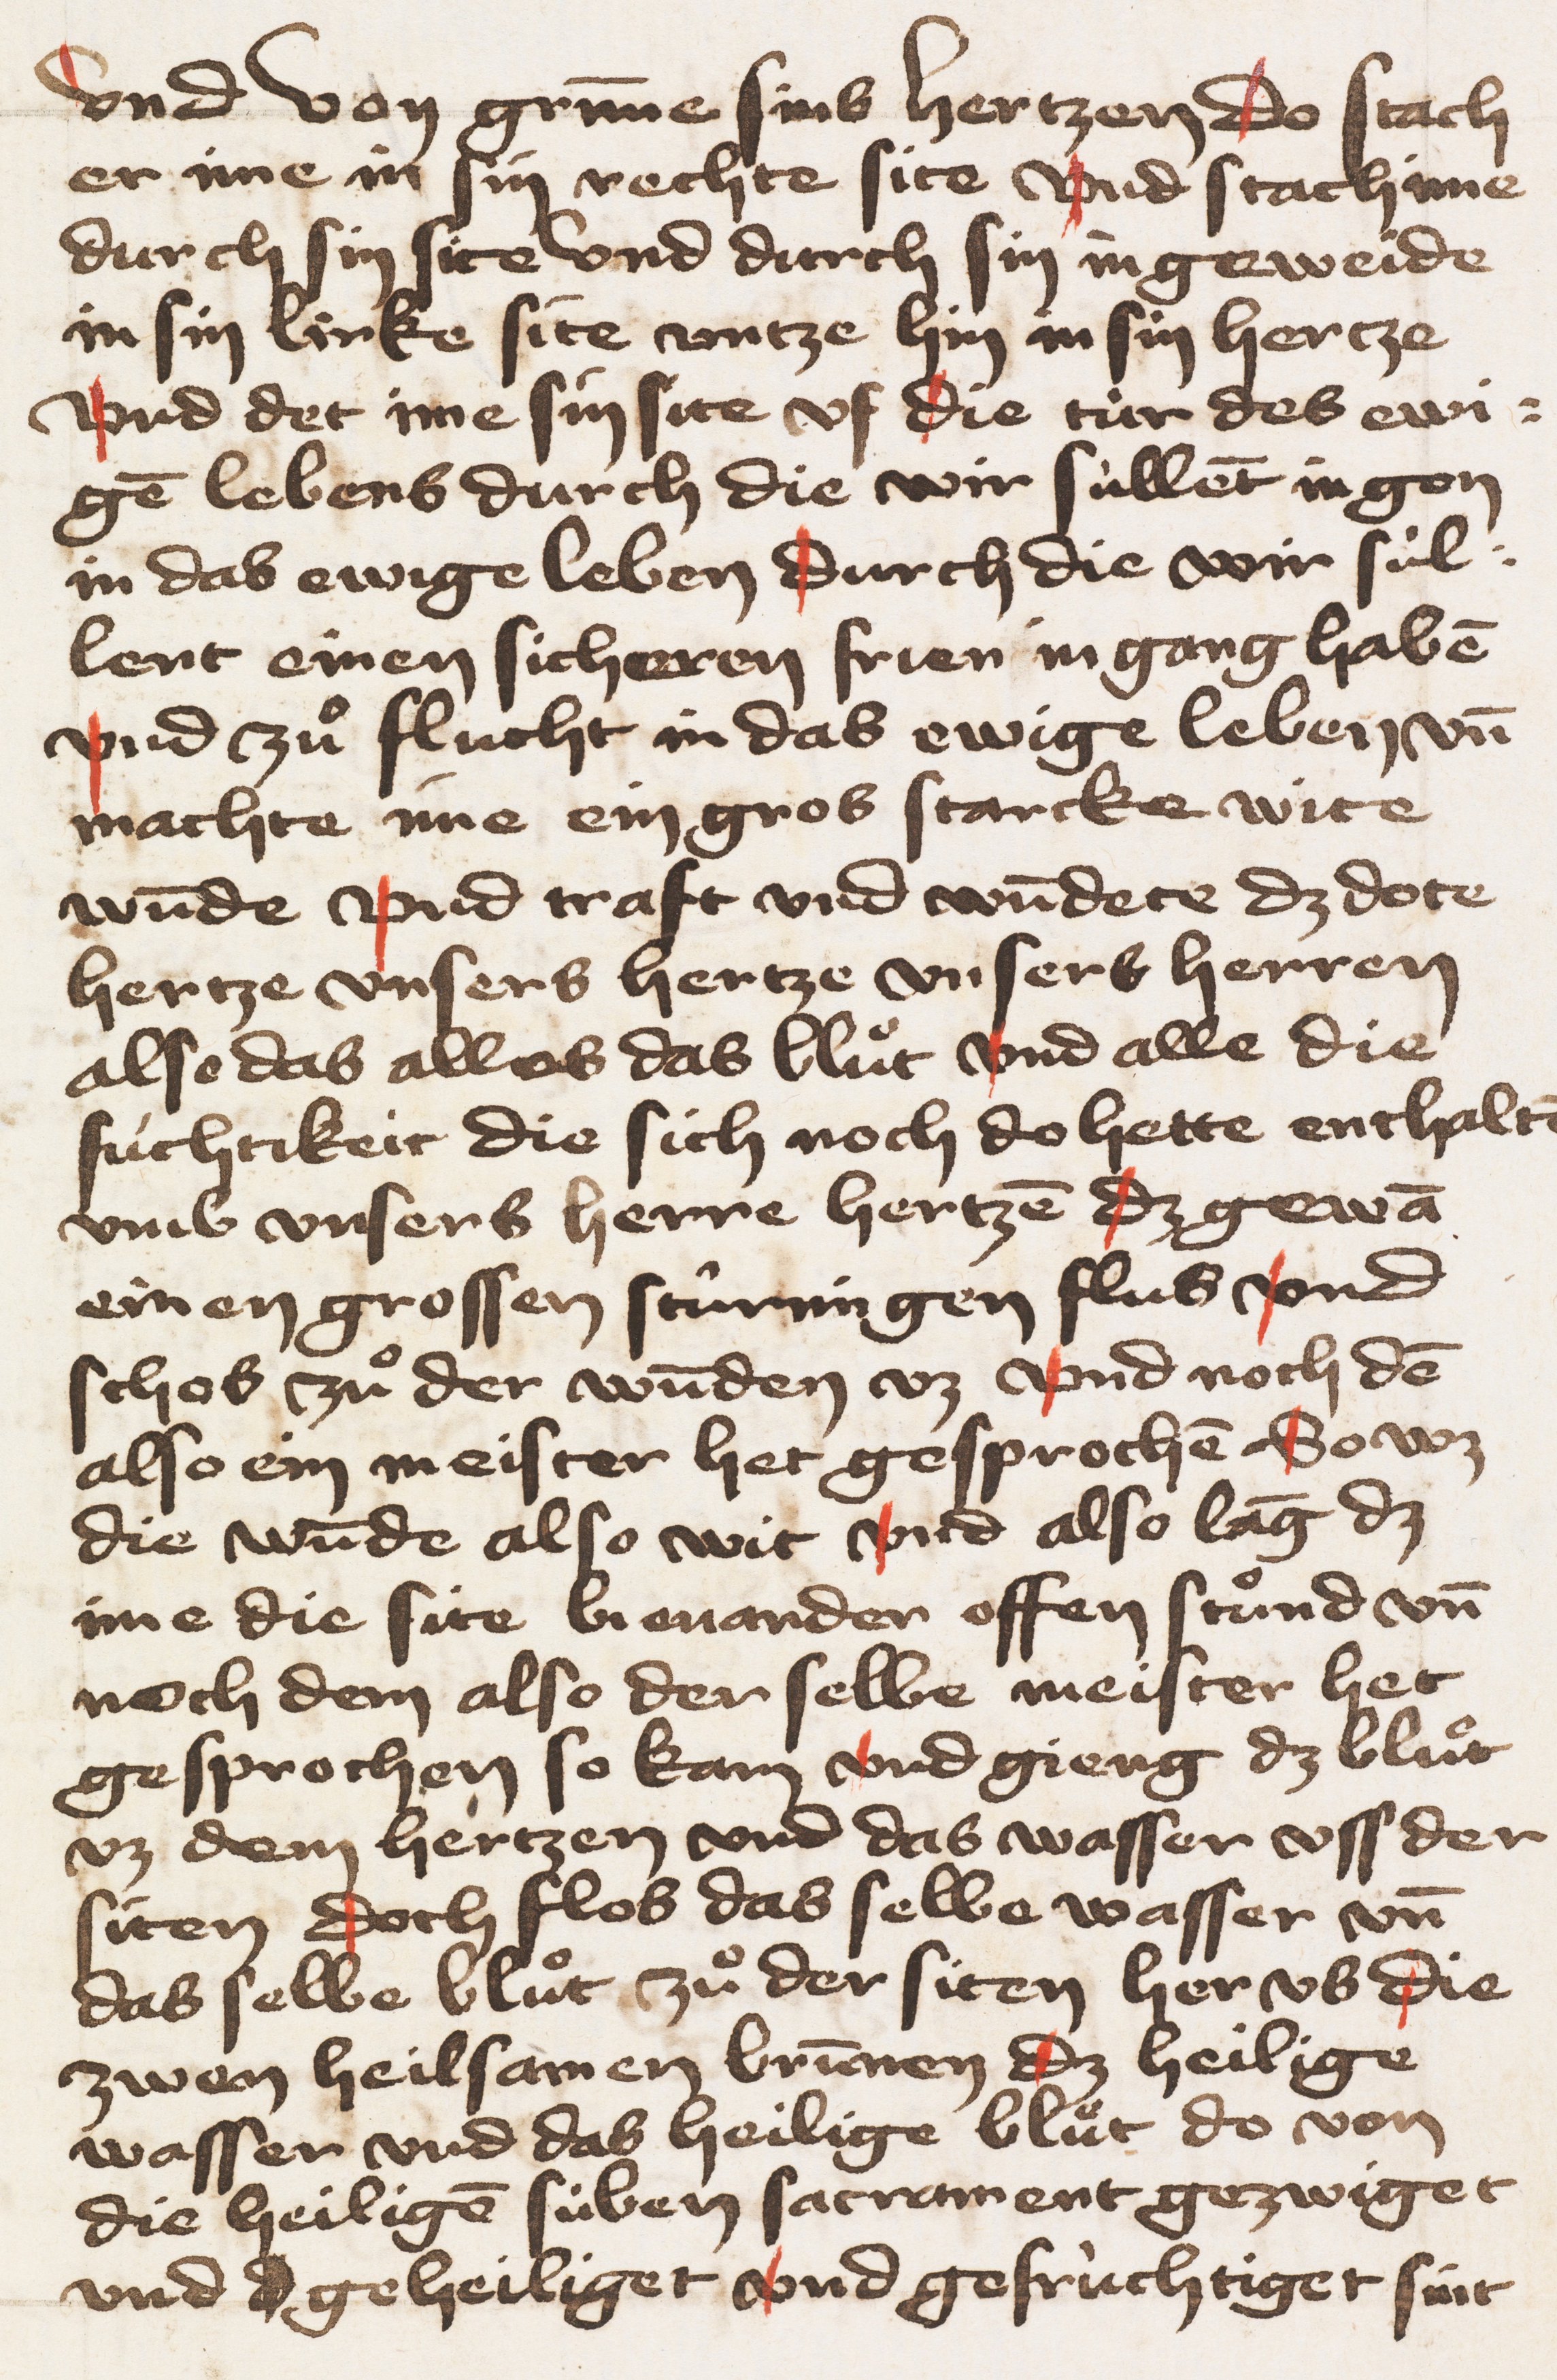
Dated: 1428–1428